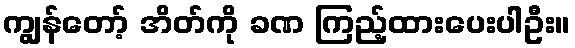
ကျွန်တော့် အိတ်ကို ခဏ ကြည့်ထားပေးပါဦး။